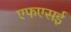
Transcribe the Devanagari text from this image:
एफएसई